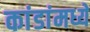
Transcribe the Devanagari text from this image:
कांडांमध्ये